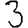
Digit: 3